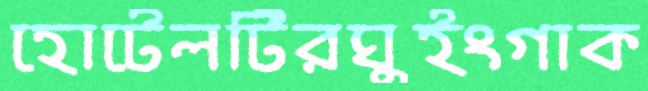
হোটেলটিরঘুইংগাক